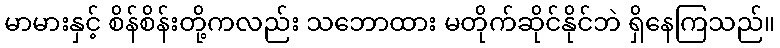
မာမားနှင့် စိန်စိန်းတို့ကလည်း သဘောထား မတိုက်ဆိုင်နိုင်ဘဲ ရှိနေကြသည်။